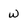
Character: w